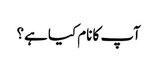
آپ کا نام کیا ہے؟